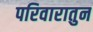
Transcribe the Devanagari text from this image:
परिवारातुन